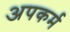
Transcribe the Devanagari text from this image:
अपकर्म